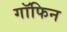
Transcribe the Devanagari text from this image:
गॉफिन